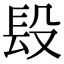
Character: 𨱚